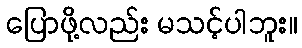
ပြောဖို့လည်း မသင့်ပါဘူး။